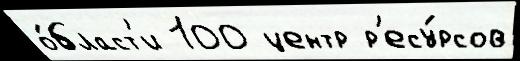
о́бласт'и 100 центр р'есу́рсов